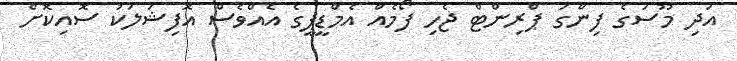
އަދި މޫސަގެ ފިންގަ ޕްރިންޓް ޖެހި ފޯމެއް އެމްޑީޕީގެ އެއްވެސް އޮފިޝަލަކު ސޮއިކޮށް